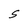
Character: S